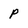
Character: p